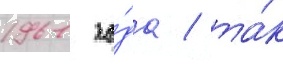
1961 го́да / та́к